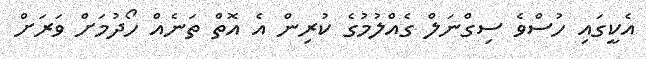
އެކީގައި ހުސްވެ ސިގްނަލް ގެއްލުމުގެ ކުރިން އެ އޮތް ތަނެއް ހޯދުމަށް ވަރަށް